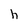
Character: h